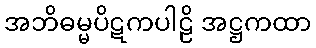
အဘိဓမ္မပိဋကပါဠိ အဋ္ဌကထာ